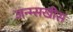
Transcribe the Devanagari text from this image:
जन्म्सखीस